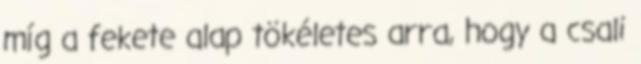
míg a fekete alap tökéletes arra, hogy a csali